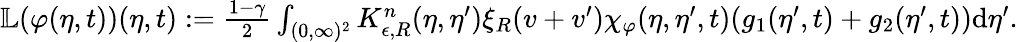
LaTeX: \begin{array}{r}{\mathbb{L}(\varphi(\eta,t))(\eta,t):=\frac{1-\gamma}{2}\int_{(0,\infty)^{2}}K_{\epsilon,R}^{n}(\eta,\eta^{\prime})\xi_{R}(v+v^{\prime})\chi_{\varphi}(\eta,\eta^{\prime},t)(g_{1}(\eta^{\prime},t)+g_{2}(\eta^{\prime},t))\textup{d}\eta^{\prime}.}\end{array}